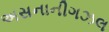
અસનાનીગઝલ